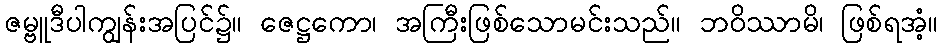
ဇမ္ဗူဒီပါကျွန်းအပြင်၌။ ဇေဋ္ဌကော၊ အကြီးဖြစ်သောမင်းသည်။ ဘဝိဿာမိ၊ ဖြစ်ရအံ့။